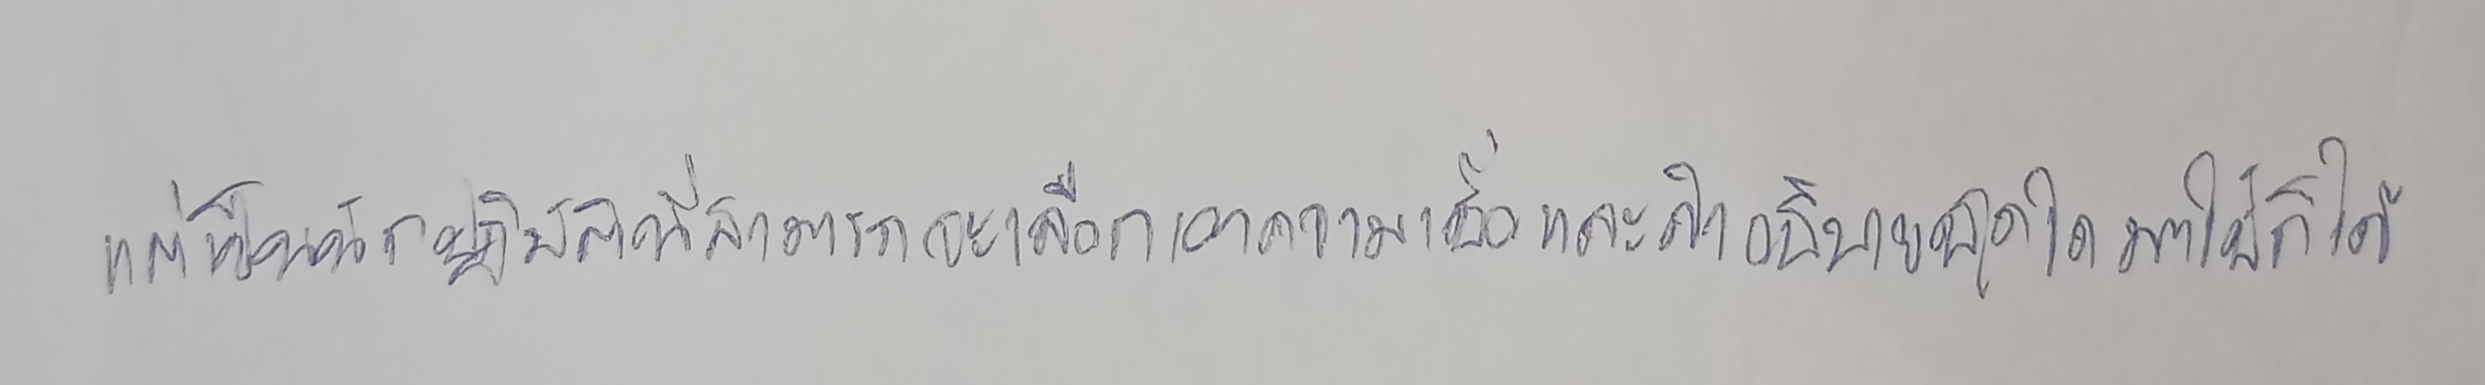
แต่เป็นนักปฏิบัติที่สามารถจะเลือกเอาความเชื่อและคำอธิบายชุดใดมาใช้ก็ได้